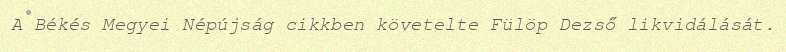
A Békés Megyei Népújság cikkben követelte Fülöp Dezső likvidálását.